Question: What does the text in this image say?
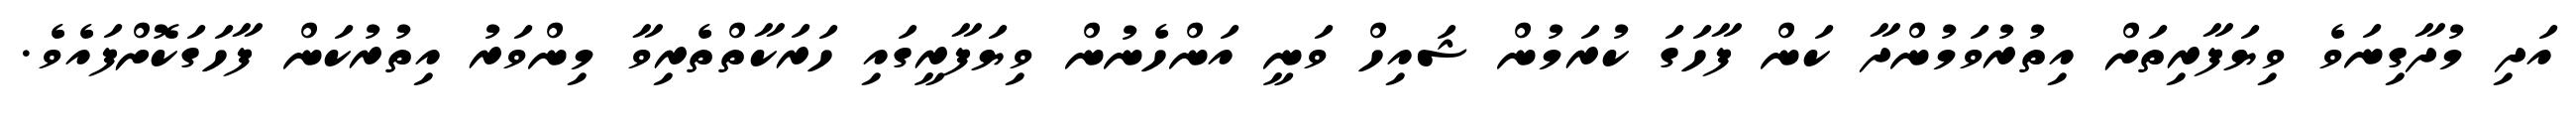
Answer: އަދި މުދާގިނަވެ ވިޔަފާރިތަށް އިތުރުވަމުންދާ ކަން ފާހަގަ ކުރަމުން ޝައިހް ވަނީ އަންހެނުން ވިޔަފާރީގައި ހަރަކާތްތެރިވާ މިންވަރު އިތުރުކަން ފާހަގަކޮށްފައެވެ.